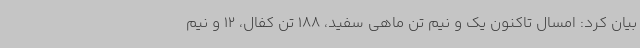
بیان کرد: امسال تاکنون یک و نیم تن ماهی سفید، 188 تن کفال، 12 و نیم